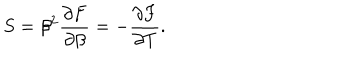
S = \beta ^ { 2 } { \frac { \partial F } { \partial \beta } } = - { \frac { \partial F } { \partial T } } .